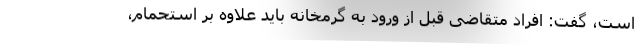
است، گفت: افراد متقاضی قبل از ورود به گرمخانه باید علاوه بر استحمام،